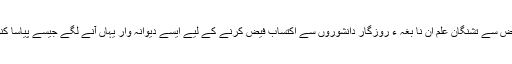
ملک کے طول و عرض سے تشنگان علم ان نا بغہ ء روزگار دانشوروں سے اکتساب فیض کرنے کے لیے ایسے دیوانہ وار یہاں آنے لگے جیسے پیاسا کنویں کی جانب آتا ہے۔